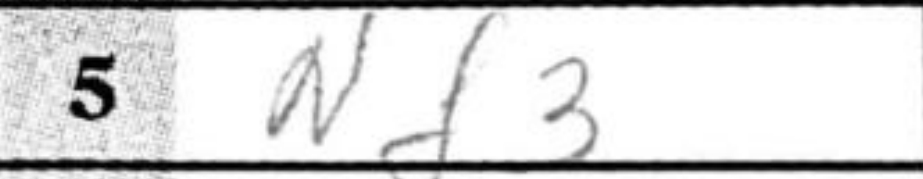
Transcription: Nf3